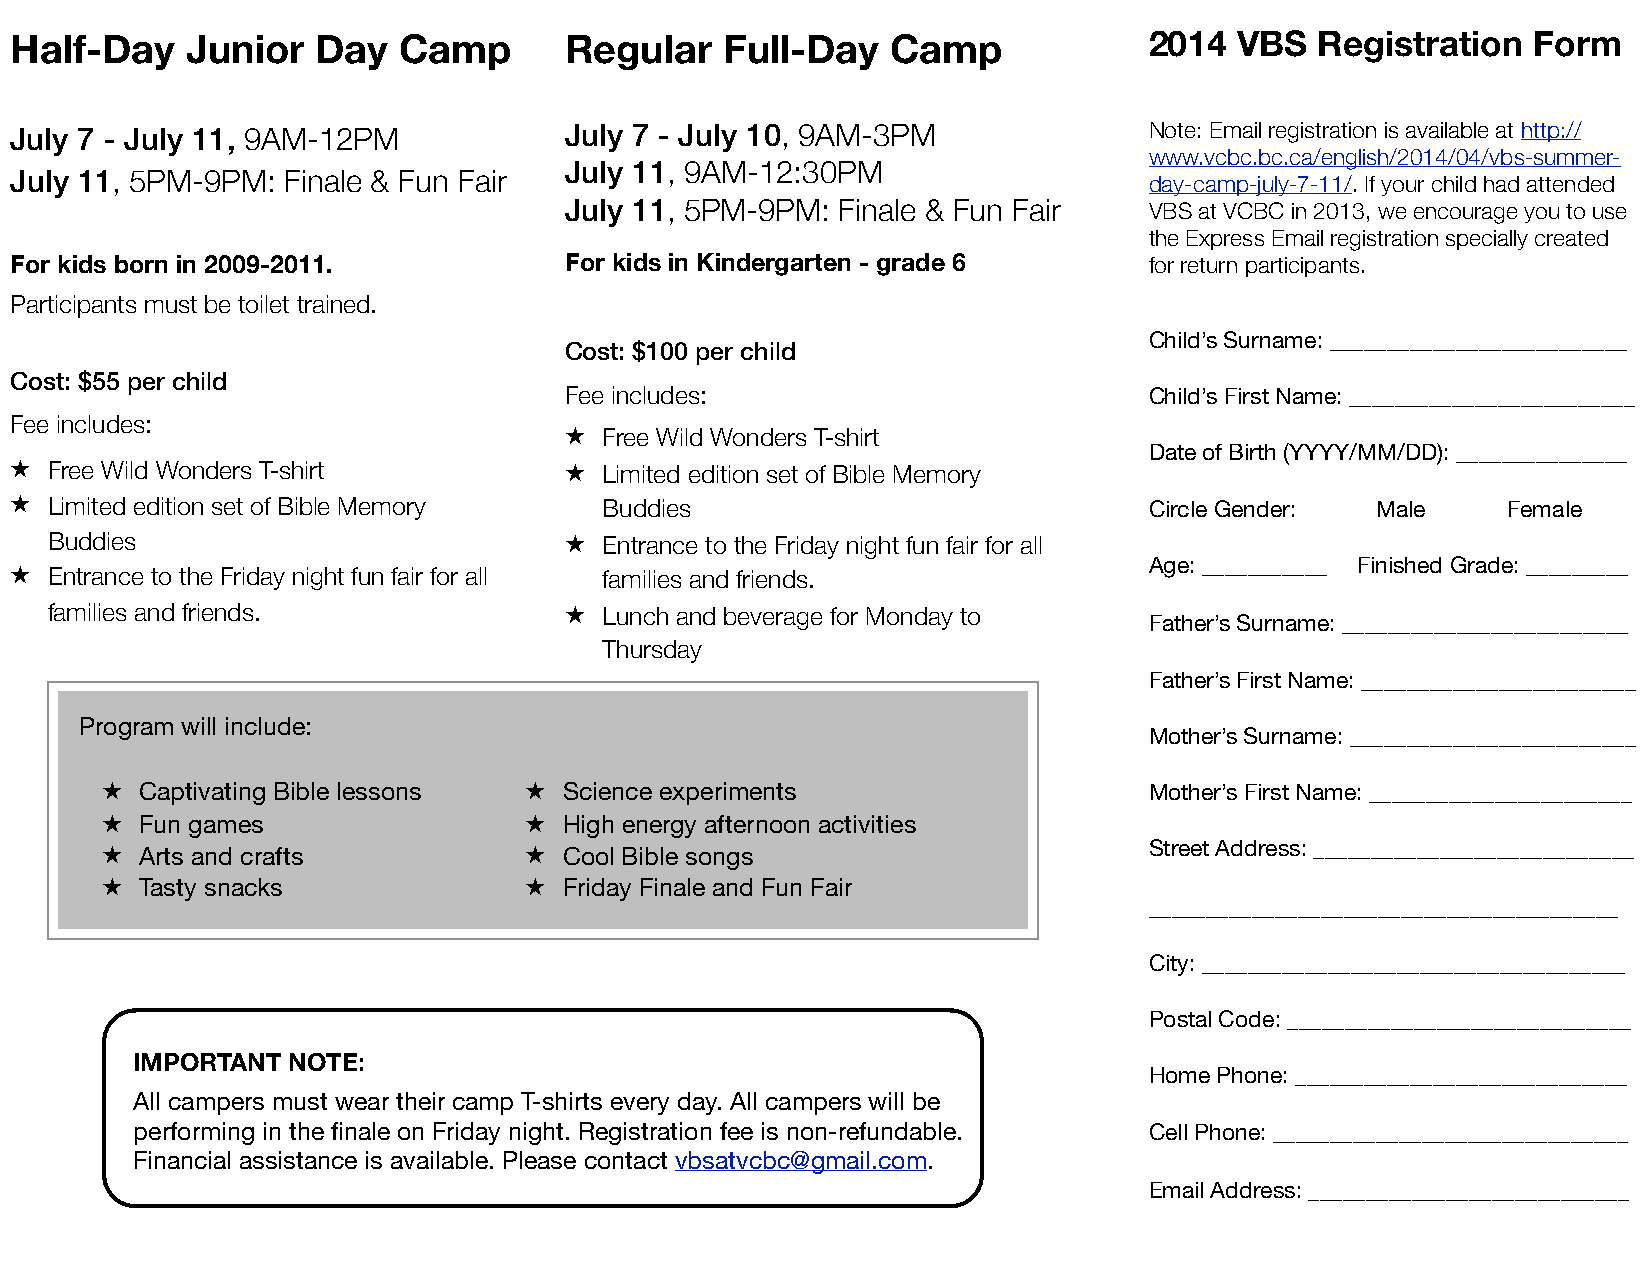
Half-Day   Junior   Day  Camp       Regular    Full-Day   Camp             2014  VBS  Registration  Form
 July 7 - July 11, 9AM-12PM          July 7 - July 10, 9AM-3PM              Note: Email registration is available at http://
 www.vcbc.bc.ca/english/2014/04/vbs-summer-
 July 11, 9AM-12:30PM
 July 11, 5PM-9PM: Finale & Fun Fair
 day-camp-july-7-11/. If your child had attended
 July 11, 5PM-9PM:  Finale & Fun Fair   VBS at VCBC in 2013, we encourage you to use
 the Express Email registration specially created
 For kids born in 2009-2011.         For kids in Kindergarten - grade 6     for return participants.
 Participants must be toilet trained.
 Child’s Surname: __________________________
 Cost: $100 per child
 Cost: $55 per child
 Fee includes:                          Child’s First Name: _________________________
 Fee includes:
 ★  Free Wild Wonders T-shirt
 Date of Birth (YYYY/MM/DD): _______________
 ★ Free Wild Wonders T-shirt         ★  Limited edition set of Bible Memory
 ★ Limited edition set of Bible Memory  Buddies                             Circle Gender: Male     Female
 Buddies                           ★  Entrance to the Friday night fun fair for all
 Age: ___________ Finished Grade: _________
 ★ Entrance to the Friday night fun fair for all families and friends.
 families and friends.             ★  Lunch and beverage for Monday to
 Father’s Surname: _________________________
 Thursday
 Father’s First Name: ________________________
 Program will include:
 Mother’s Surname: _________________________
 ★ Captivating Bible lessons ★ Science experiments                    Mother’s First Name: _______________________
 ★ Fun games                 ★ High energy afternoon activities
 ★ Arts and crafts           ★ Cool Bible songs                       Street Address: ____________________________
 ★ Tasty snacks              ★ Friday Finale and Fun Fair
 _________________________________________
 City: _____________________________________
 Postal Code: ______________________________
 IMPORTANT NOTE:
 Home Phone: _____________________________
 All campers must wear their camp T-shirts every day. All campers will be
 performing in the finale on Friday night. Registration fee is non-refundable. Cell Phone: _______________________________
 Financial assistance is available. Please contact vbsatvcbc@gmail.com.
 Email Address: ____________________________